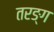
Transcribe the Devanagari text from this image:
तरङ्ग